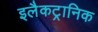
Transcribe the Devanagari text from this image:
इलैकट्रानिक